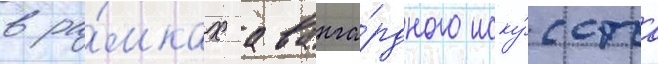
в ра́мках аванга́рдного иску́сства